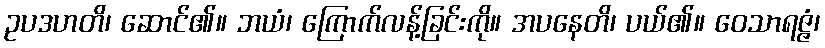
ဥပဒဟတိ၊ ဆောင်၏။ ဘယံ၊ ကြောက်လန့်ခြင်းကို။ အပနေတိ၊ ပယ်၏။ ဝေသာရဇ္ဇံ၊